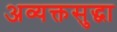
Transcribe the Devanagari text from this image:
अव्यक्तसुद्धा